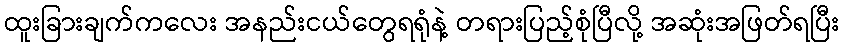
ထူးခြားချက်ကလေး အနည်းငယ်တွေရရုံနဲ့ တရားပြည့်စုံပြီလို့ အဆုံးအဖြတ်ရပြီး